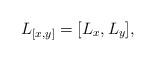
LaTeX: \begin{align*}L_{[x,y]}=[L_x, L_y],\end{align*}